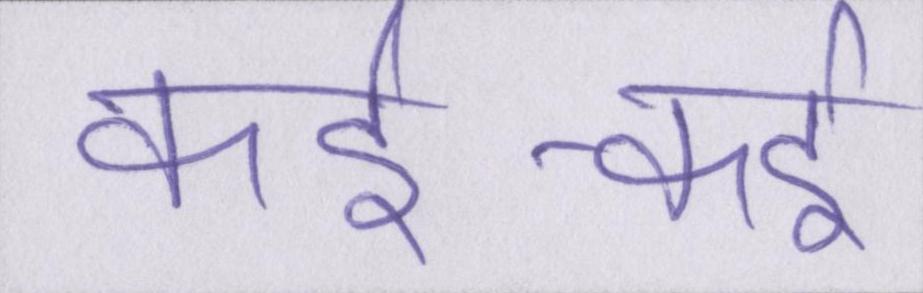
कई-कई